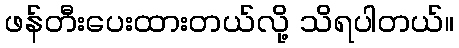
ဖန်တီးပေးထားတယ်လို့ သိရပါတယ်။